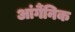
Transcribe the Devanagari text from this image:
आंर्गैनिक